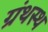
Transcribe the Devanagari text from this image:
ग्रंथस्थ